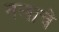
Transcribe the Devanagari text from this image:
नलाचे